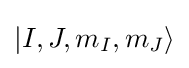
|I,J,m_{I},m_{J}\rangle